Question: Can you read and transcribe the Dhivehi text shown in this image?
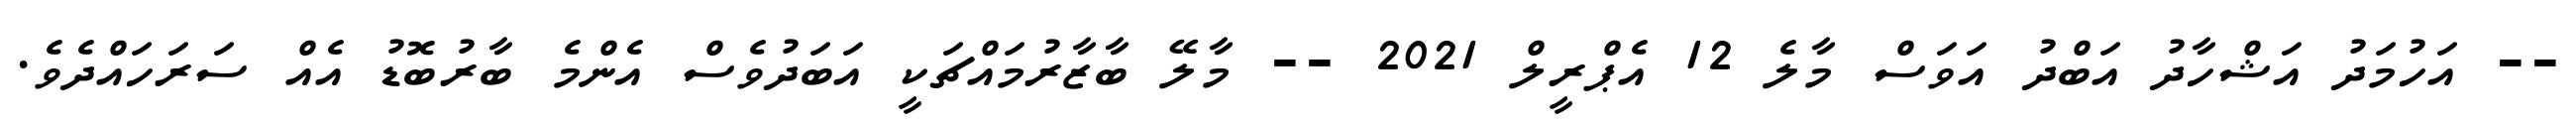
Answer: -- އަހުމަދު އަޝްހާދު އަބްދު އަވަސް މާލެ 12 އެޕްރީލް 2021 -- މާލޭ ބާޒާރުމައްޗަކީ އަބަދުވެސް އެންމެ ބާރުބޮޑު އެއް ސަރަހައްދެވެ.